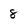
Character: 8